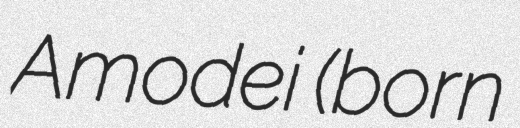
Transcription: Amodei (born